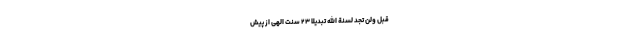
قَبْلُ وَلَنْ تَجِدَ لِسُنَّةِ اللَّهِ تَبْدِيلًا ۲۳ سنت الهى از پيش